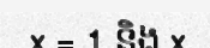
x = 1 និង x